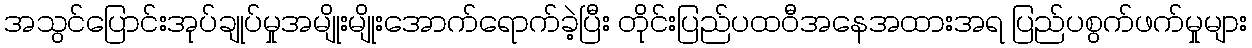
အသွင်ပြောင်းအုပ်ချုပ်မှုအမျိုးမျိုးအောက်ရောက်ခဲ့ပြီး တိုင်းပြည်ပထဝီအနေအထားအရ ပြည်ပစွက်ဖက်မှုများ